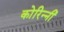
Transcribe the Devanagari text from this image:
कोरिन्नी